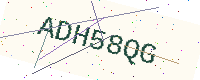
Text: ADH58QG